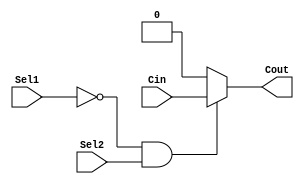
`timescale 1ns / 1ps
//////////////////////////////////////////////////////////////////////////////////
// Company: 
// Engineer: 
// 
// Design Name: 
// Module Name:    CarryControl 
// Project Name: 
// Target Devices: 
// Tool versions: 
// Description: 
//
// Dependencies: 
//
// Revision: 
// Revision 0.01 - File Created
// Additional Comments: 
//
//////////////////////////////////////////////////////////////////////////////////
module CarryControl(Sel1,Sel2,Cin,Cout);
	input Sel1,Sel2,Cin;
	output Cout;
	
	assign Cout = (Sel1 == 0 && Sel2 == 1)? Cin : 
						1'b0;
endmodule